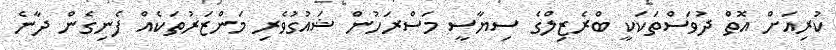
ކުރިއަށް އޮތް ދުވަސްތަކަކީ ބްރެޒިލްގެ ސިޔާސީ މަސްރަހުން ޝައުގުވެރި މަންޒަރުތަކެއް ފެނިގެން ދާނެ